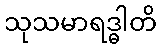
သုသမာရဒ္ဓါတိ